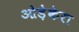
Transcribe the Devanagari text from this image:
ओड़ेकेरा